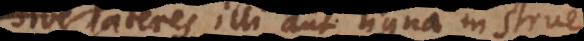
sive lateres illi aut ligna in strue